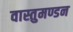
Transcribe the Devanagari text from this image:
वास्तुमण्डन